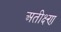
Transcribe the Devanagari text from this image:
अतीक्ष्ण